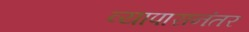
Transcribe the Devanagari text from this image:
व्यापारानंतर